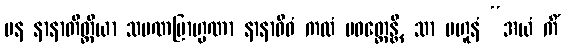
ပန နာနာတိတ္ထိယာ သမဏဗြာဟ္မဏာ နာနာဝိဓံ ကထံ ပဝတ္တေန္တိ, သာ ဗဟူနံ “အယံ ကိံ